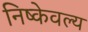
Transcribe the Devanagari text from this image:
निष्केवल्य